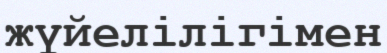
жүйелілігімен